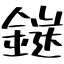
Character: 鎹